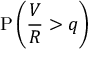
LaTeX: \mathrm { P } \left( { \frac { V } { R } } > q \right)